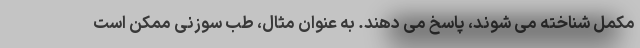
مکمل شناخته می شوند، پاسخ می دهند. به عنوان مثال، طب سوزنی ممکن است